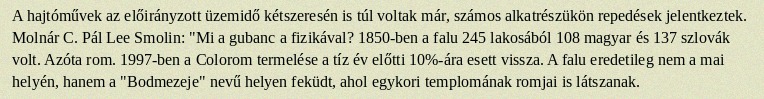
A hajtóművek az előirányzott üzemidő kétszeresén is túl voltak már, számos alkatrészükön repedések jelentkeztek. Molnár C. Pál Lee Smolin: "Mi a gubanc a fizikával? 1850-ben a falu 245 lakosából 108 magyar és 137 szlovák volt. Azóta rom. 1997-ben a Colorom termelése a tíz év előtti 10%-ára esett vissza. A falu eredetileg nem a mai helyén, hanem a "Bodmezeje" nevű helyen feküdt, ahol egykori templomának romjai is látszanak.